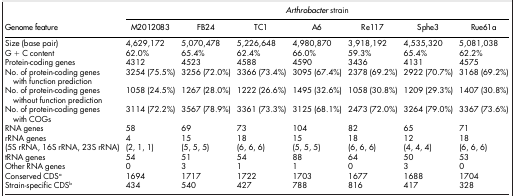
<table><thead><tr><td rowspan="2"><b>Genome feature</b></td><td colspan="7"><b><i>Arthrobacter</i> strain</b></td></tr><tr><td><b>M2012083</b></td><td><b>FB24</b></td><td><b>TC1</b></td><td><b>A6</b></td><td><b>Re117</b></td><td><b>Sphe3</b></td><td><b>Rue61a</b></td></tr></thead><tbody><tr><td>Size (base pair)</td><td>4,629,172</td><td>5,070,478</td><td>5,226,648</td><td>4,980,870</td><td>3,918,192</td><td>4,535,320</td><td>5,081,038</td></tr><tr><td>G + C content</td><td>62.0%</td><td>65.4%</td><td>62.4%</td><td>66.0%</td><td>59.3%</td><td>65.4%</td><td>62.2%</td></tr><tr><td>Protein-coding genes</td><td>4312</td><td>4523</td><td>4588</td><td>4590</td><td>3436</td><td>4131</td><td>4575</td></tr><tr><td>No. of protein-coding genes with function prediction</td><td>3254 (75.5%)</td><td>3256 (72.0%)</td><td>3366 (73.4%)</td><td>3095 (67.4%)</td><td>2378 (69.2%)</td><td>2922 (70.7%)</td><td>3168 (69.2%)</td></tr><tr><td>No. of protein-coding genes without function prediction</td><td>1058 (24.5%)</td><td>1267 (28.0%)</td><td>1222 (26.6%)</td><td>1495 (32.6%)</td><td>1058 (30.8%)</td><td>1209 (29.3%)</td><td>1407 (30.8%)</td></tr><tr><td>No. of protein-coding genes with COGs</td><td>3114 (72.2%)</td><td>3567 (78.9%)</td><td>3361 (73.3%)</td><td>3125 (68.1%)</td><td>2473 (72.0%)</td><td>3264 (79.0%)</td><td>3367 (73.6%)</td></tr><tr><td>RNA genes</td><td>58</td><td>69</td><td>73</td><td>104</td><td>82</td><td>65</td><td>71</td></tr><tr><td>rRNA genes(5S rRNA, 16S rRNA, 23S rRNA)</td><td>4(2, 1, 1)</td><td>15(5, 5, 5)</td><td>18(6, 6, 6)</td><td>15(5, 5, 5)</td><td>18(6, 6, 6)</td><td>12(4, 4, 4)</td><td>18(6, 6, 6)</td></tr><tr><td>tRNA genes</td><td>54</td><td>51</td><td>54</td><td>88</td><td>64</td><td>50</td><td>53</td></tr><tr><td>Other RNA genes</td><td>0</td><td>3</td><td>1</td><td>1</td><td>0</td><td>3</td><td>0</td></tr><tr><td>Conserved CDSa</td><td>1694</td><td>1717</td><td>1722</td><td>1703</td><td>1677</td><td>1688</td><td>1704</td></tr><tr><td>Strain-specific CDSb</td><td>434</td><td>540</td><td>427</td><td>788</td><td>816</td><td>417</td><td>328</td></tr></tbody></table>